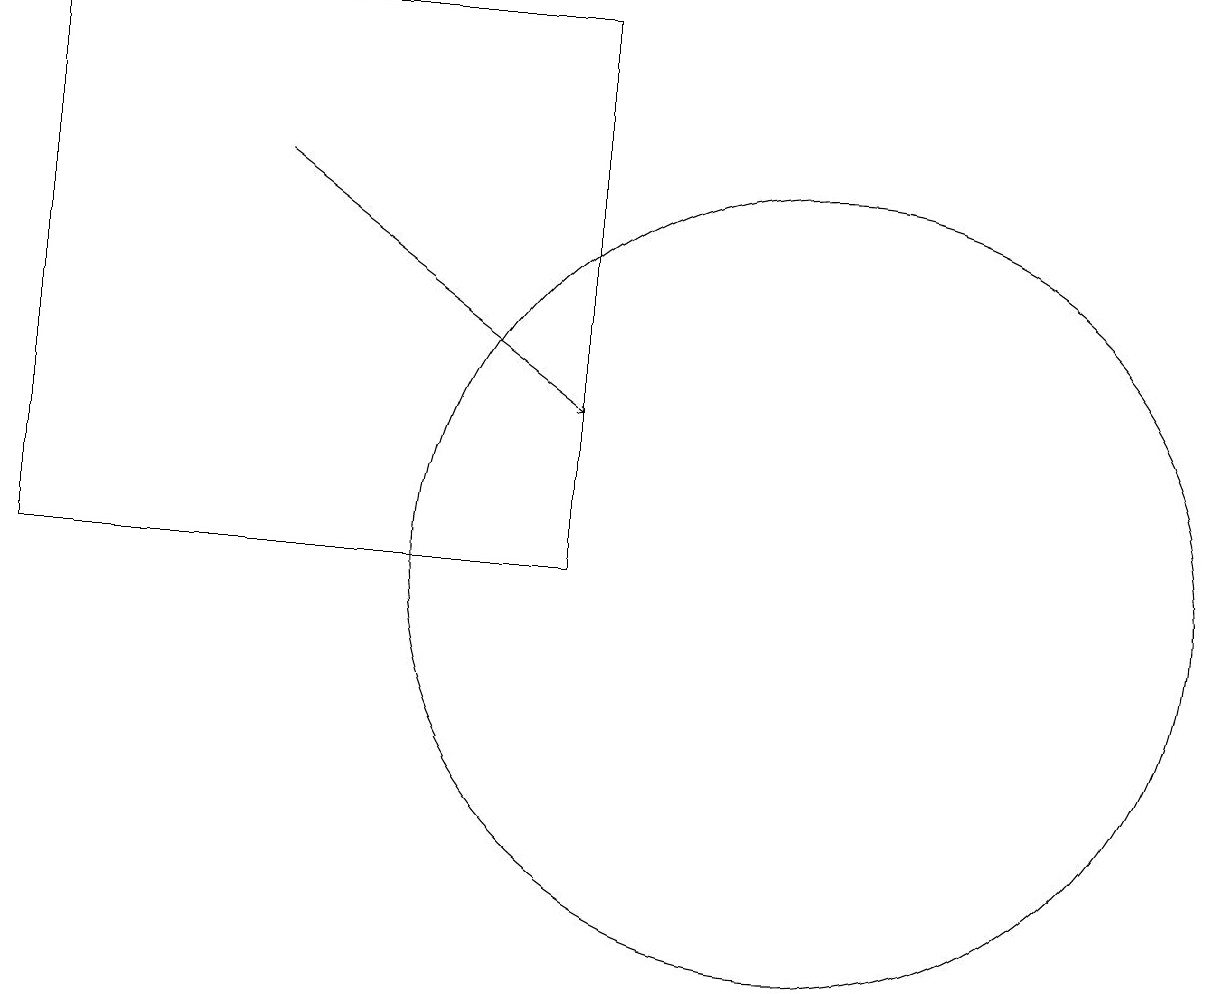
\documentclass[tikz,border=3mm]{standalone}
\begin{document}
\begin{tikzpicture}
\draw[->] (3,15) -- (7,12);
\draw (10,10) circle (5);
\draw (7,17) rectangle (0,10);
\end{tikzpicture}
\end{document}